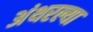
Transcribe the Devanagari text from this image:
अंथरल्या